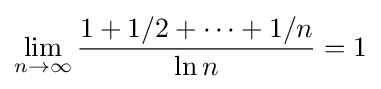
\lim _{n\to \infty }{\frac {1+1/2+\cdots +1/n}{\ln n}}=1